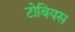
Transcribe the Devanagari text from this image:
टोबियस